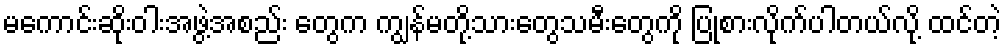
မကောင်းဆိုးဝါးအဖွဲ့အစည်း တွေက ကျွန်မတို့သားတွေသမီးတွေကို ပြုစားလိုက်ပါတယ်လို့ ထင်တဲ့